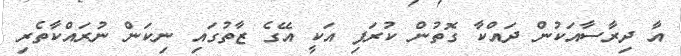
އާ ދިރާސާއަކުން ދައްކާ ގޮތުން ކުރަފި އަކީ އޭގެ ޒާތުގައި ނިކަން ނުރައްކާތެރި